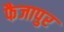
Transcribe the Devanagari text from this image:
फैजापुर